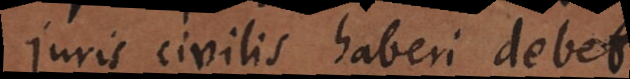
juris civilis haberi debet.